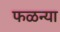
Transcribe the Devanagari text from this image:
फळन्या